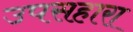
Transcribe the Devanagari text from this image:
उपसहारा